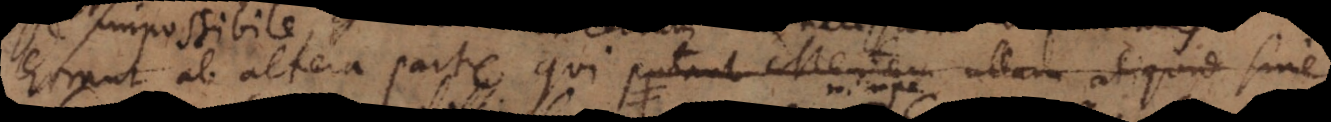
ab altera parte qui putant Mentem ullam aliquid sine